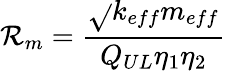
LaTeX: \mathcal{R}_{m}=\frac{{\sqrt{}{{k_{eff}m_{eff}}}}}{{Q_{UL}\eta_{1}\eta_{2}}}